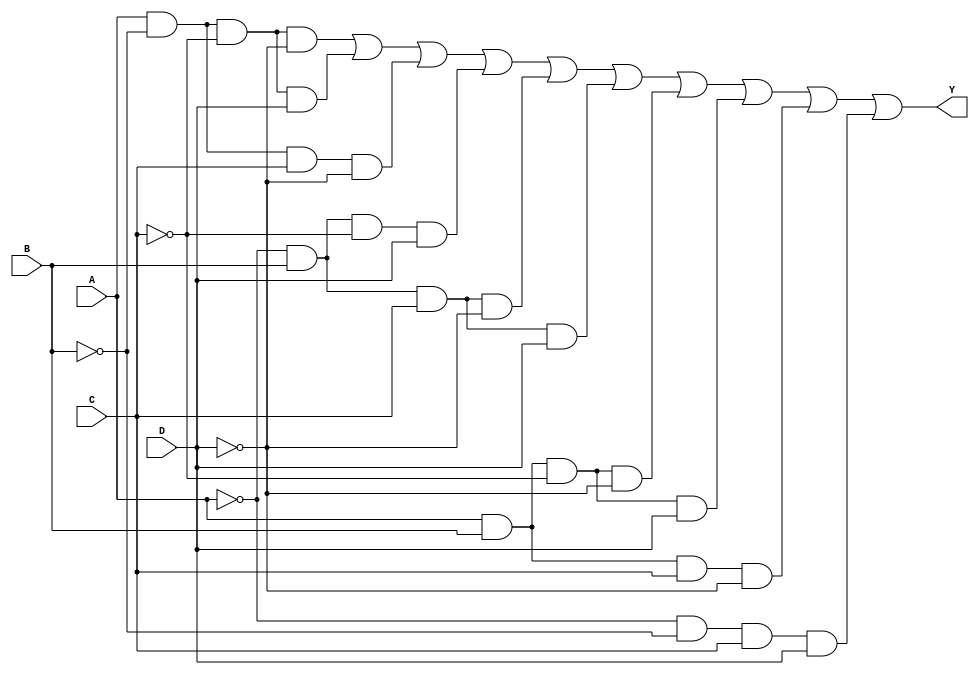
module prime_implicant (
    input wire A,     // Input variable A
    input wire B,     // Input variable B
    input wire C,     // Input variable C
    input wire D,     // Input variable D
    output wire Y     // Output (minimized Boolean function)
);

// Define the minterms for the function
// For example, let's say we are dealing with minterms 0, 1, 2, 5, 6, 7, 8, 9, 10, 14
// Minterm binary:  0000, 0001, 0010, 0101, 0110, 0111, 1000, 1001, 1010, 1110
// Minterm list:    {0, 1, 2, 5, 6, 7, 8, 9, 10, 14}
assign Y = (A & ~B & ~C & ~D) | // Minterm 0 (0000)
           (A & ~B & ~C &  D) | // Minterm 1 (0001)
           (A & ~B &  C & ~D) | // Minterm 2 (0010)
           (~A &  B & ~C &  D) | // Minterm 5 (0101)
           (~A &  B &  C & ~D) | // Minterm 6 (0110)
           (~A &  B &  C &  D) | // Minterm 7 (0111)
           (A &  B & ~C & ~D) | // Minterm 8 (1000)
           (A &  B & ~C &  D) | // Minterm 9 (1001)
           (A &  B &  C & ~D) | // Minterm 10 (1010)
           (~A & ~B &  C &  D);  // Minterm 14 (1110)

endmodule